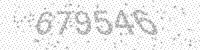
Solution: 679546